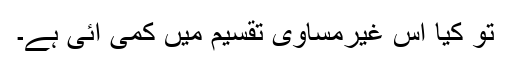
تو کیا اس غیرمساوی تقسیم میں کمی آئی ہے۔